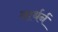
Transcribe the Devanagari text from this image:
नार्थर्न